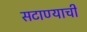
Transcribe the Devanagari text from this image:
सटाण्याची